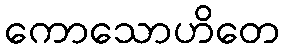
ကောသောဟိတေ